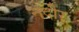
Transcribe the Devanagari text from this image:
नदीर